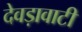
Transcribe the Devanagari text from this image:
देवड़ावाटी